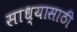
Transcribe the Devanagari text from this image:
साध्यासाठी